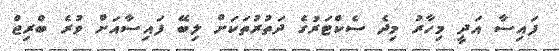
ފައިސާ އަދީ މިހާރު މިދެ ސެކްޓަރުގެ ދަތުރުތަކަށް ލިބޭ ފައިސާއަށް ވުރެ ބްރިޖް